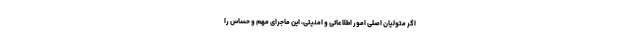
اگر متولیان اصلی امور اطلاعاتی و امنیتی، این ماجرای مهم و حساس را